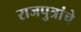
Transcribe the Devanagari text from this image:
राजपुत्रांचे